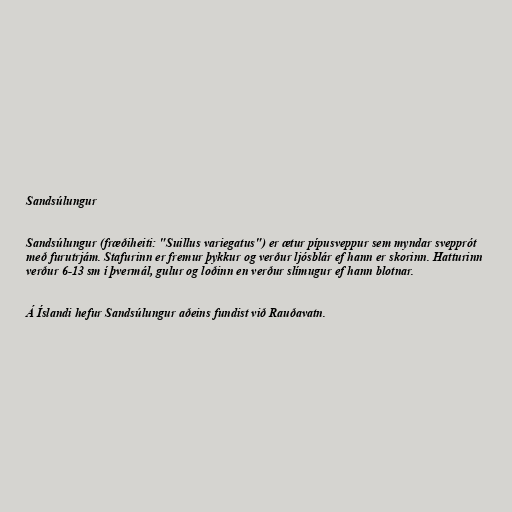
Sandsúlungur

Sandsúlungur (fræðiheiti: "Suillus variegatus") er ætur pípusveppur sem myndar svepprót
með furutrjám. Stafurinn er fremur þykkur og verður ljósblár ef hann er skorinn. Hatturinn
verður 6-13 sm í þvermál, gulur og loðinn en verður slímugur ef hann blotnar.

Á Íslandi hefur Sandsúlungur aðeins fundist við Rauðavatn.